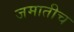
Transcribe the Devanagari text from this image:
जमातीच